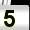
Digit: 5